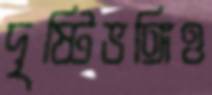
দৃষ্টিভঙ্গিও